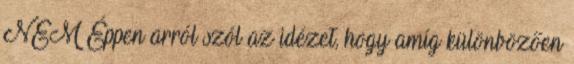
NEM Éppen arról szól az idézet, hogy amíg különbözően